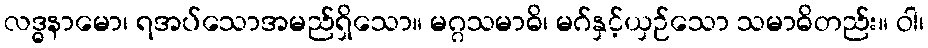
လဒ္ဓနာမော၊ ရအပ်သောအမည်ရှိသော။ မဂ္ဂသမာဓိ၊ မဂ်နှင့်ယှဉ်သော သမာဓိတည်း။ ဝါ၊